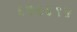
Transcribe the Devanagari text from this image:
६७६६१५